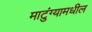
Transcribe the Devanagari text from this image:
माटुंग्यामधील